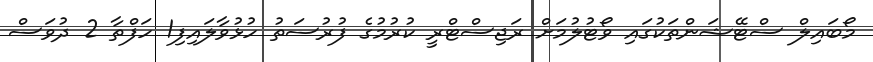
މޯބައިލް ސްޓޭޝަންތަކުގައި ވޯޓުލުމަށް ރަޖިސްޓްރީ ކުރުމުގެ ފުރުސަތު ހުޅުވާލައިފި1 ހަފްތާ 2 ދުވަސް